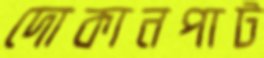
দোকানপাট